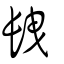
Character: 𨱽